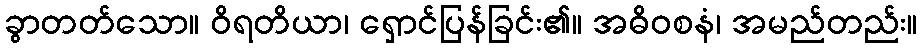
ခွာတတ်သော။ ဝိရတိယာ၊ ရှောင်ပြန်ခြင်း၏။ အဓိဝစနံ၊ အမည်တည်း။